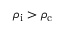
\rho _ { \mathrm { i } } > \rho _ { \mathrm { c } }